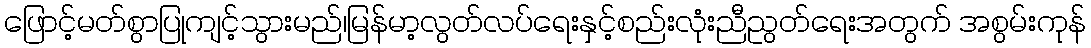
ဖြောင့်မတ်စွာပြုကျင့်သွားမည်၊မြန်မာ့လွတ်လပ်ရေးနှင့်စည်းလုံးညီညွတ်ရေးအတွက် အစွမ်းကုန်